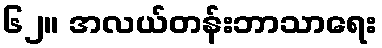
၆၂။ အလယ်တန်းဘာသာရေး